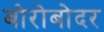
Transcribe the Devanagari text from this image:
बोरोबोदर